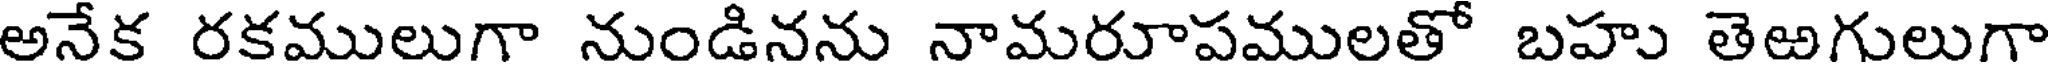
అనేక రకములుగా నుండినను నామరూపములతో బహు తెఱగులుగా